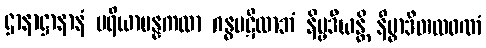
ဌာနာဋ္ဌာနာနံ ပရိယာပန္နကထာ ဂန္ဓပဋိလာဘံ နိမ္မဒီယန္တိ နိပ္ဖာဒိတလဝဏံ